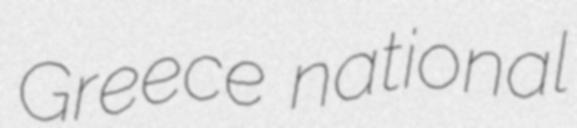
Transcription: Greece national